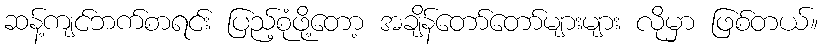
ဆန့်ကျင်ဘက်စာရင်း ပြည့်စုံဖို့တော့ အချိန်တော်တော်များများ လိုမှာ ဖြစ်တယ်။